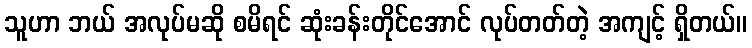
သူဟာ ဘယ် အလုပ်မဆို စမိရင် ဆုံးခန်းတိုင်အောင် လုပ်တတ်တဲ့ အကျင့် ရှိတယ်။